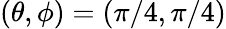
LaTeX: (\theta,\phi)=(\pi/4,\pi/4)